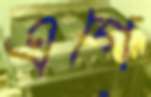
এগে